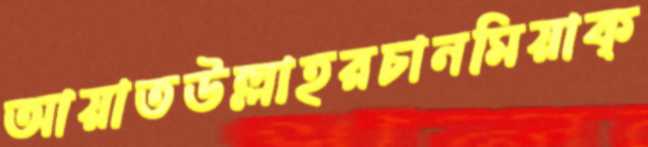
আয়াতউল্লাহরচানমিয়াক্